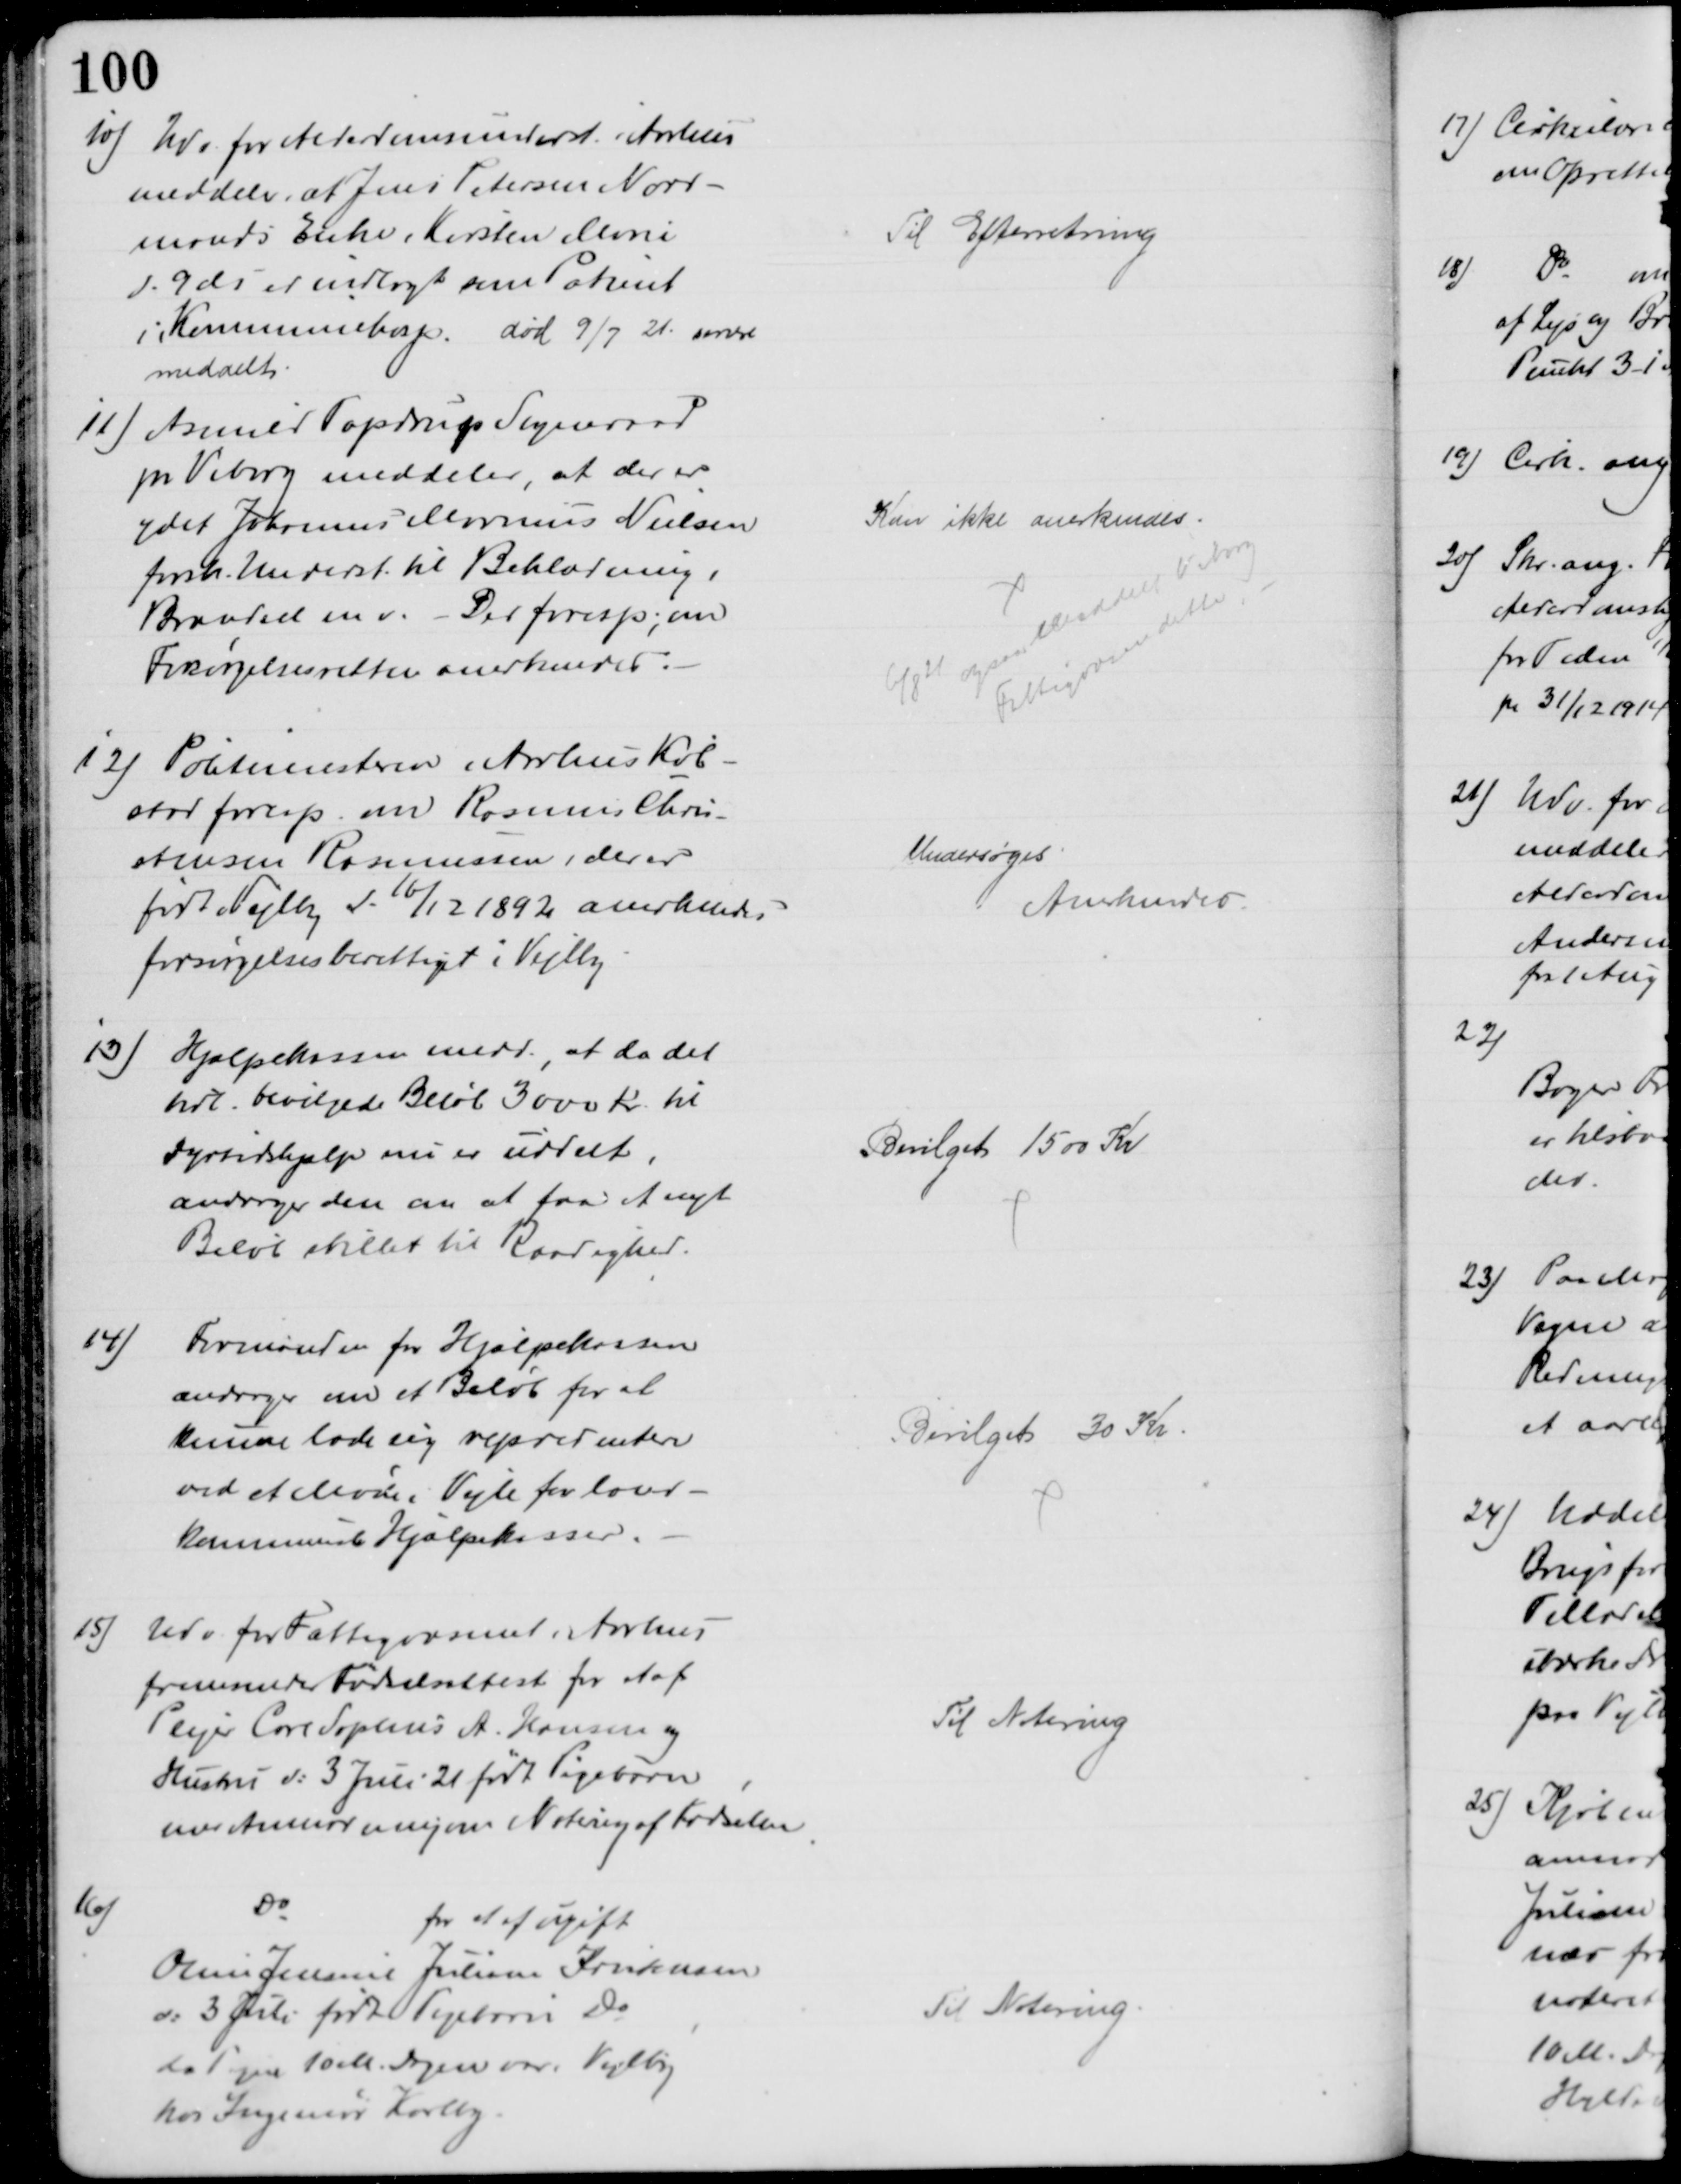
Transskription:
10) Udv. for Alderdomsunderst. i Aarhus
meddeler, at Jens Petersen Nord-
mands Enke, Kirsten Marie
d. 9 ds er indlagt som Patient
i Kommunehosp. død 9/7 21 senere
meddelt.
Til Efterretning
11) Asmind Tapdrup Sogneraad
pr Viborg meddeler, at der er
ydet Johannes Marinus Nielsen
forsk. Underst. til Beklædning,
Brændsel m v. - Der foresp., om
Forsørgelsesretten anerkendes.
Kan ikke anerkendes.
6/8 21 ogsaa meddelt Viborg
Fattigvæsen dette
12) Politimesteren i Aarhus Køb-
stad foresp. om Rasmus Chris-
stensen Rasmussen, der er
født i Vejlby d. 16/12 1892 anerkendes
forsørgelsesberettiget i Vejlby.
Undersøges
Anerkendes.
13)
Hjælpekassen medd. at da det
tidl. bevilgede Beløb 3000 Kr. til 
Dyrtidshjælp nu er uddelt,
andrager den om at faa et nyt
Beløb stillet til Raadighed.
Bevilget 1500 Kr
14)
Formanden for Hjælpekassen
andrager om et Beløb for at
kunde lade sig repræsentere
ved et Møde i Vejle for land-
kommunale Hjælpekasser.
Bevilget 30 Kr.
15)
Udv. for Fattigvæsenet i Aarhus
fremsender Fødselsattest for et af
Plejer Carl Sophus A. Hansen og
Hustru d: 3 Juli 21 født Pigebarn
med Anmodningen Notering af Fødselen
Til Notering
16)
Do
for et af ugift
Oline Jensine Juliane Kristensen,
d: 3 Juli født Pigebarn Do
da Pigen 10 M. Dagen var i Vejlby
hos Ingeniør Karlby
Til Notering